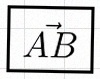
\vec{AB}